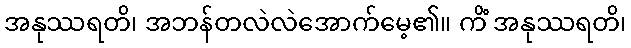
အနုဿရတိ၊ အဘန်တလဲလဲအောက်မေ့၏။ ကိံ အနုဿရတိ၊